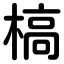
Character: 槁